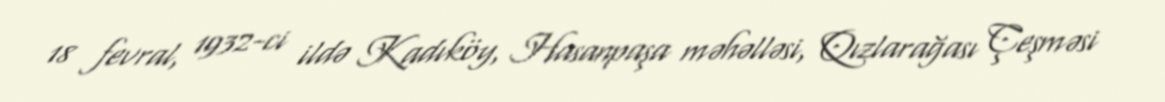
18 fevral, 1932-ci ildə Kadıköy, Hasanpaşa məhəlləsi, Qızlarağası Çeşməsi